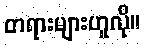
တရားများဟူလို။